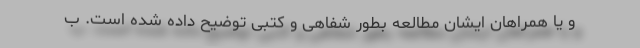
و یا همراهان ایشان مطالعه بطور شفاهی و کتبی توضیح داده شده است. ب